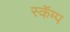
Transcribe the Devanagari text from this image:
स्कॅम्प